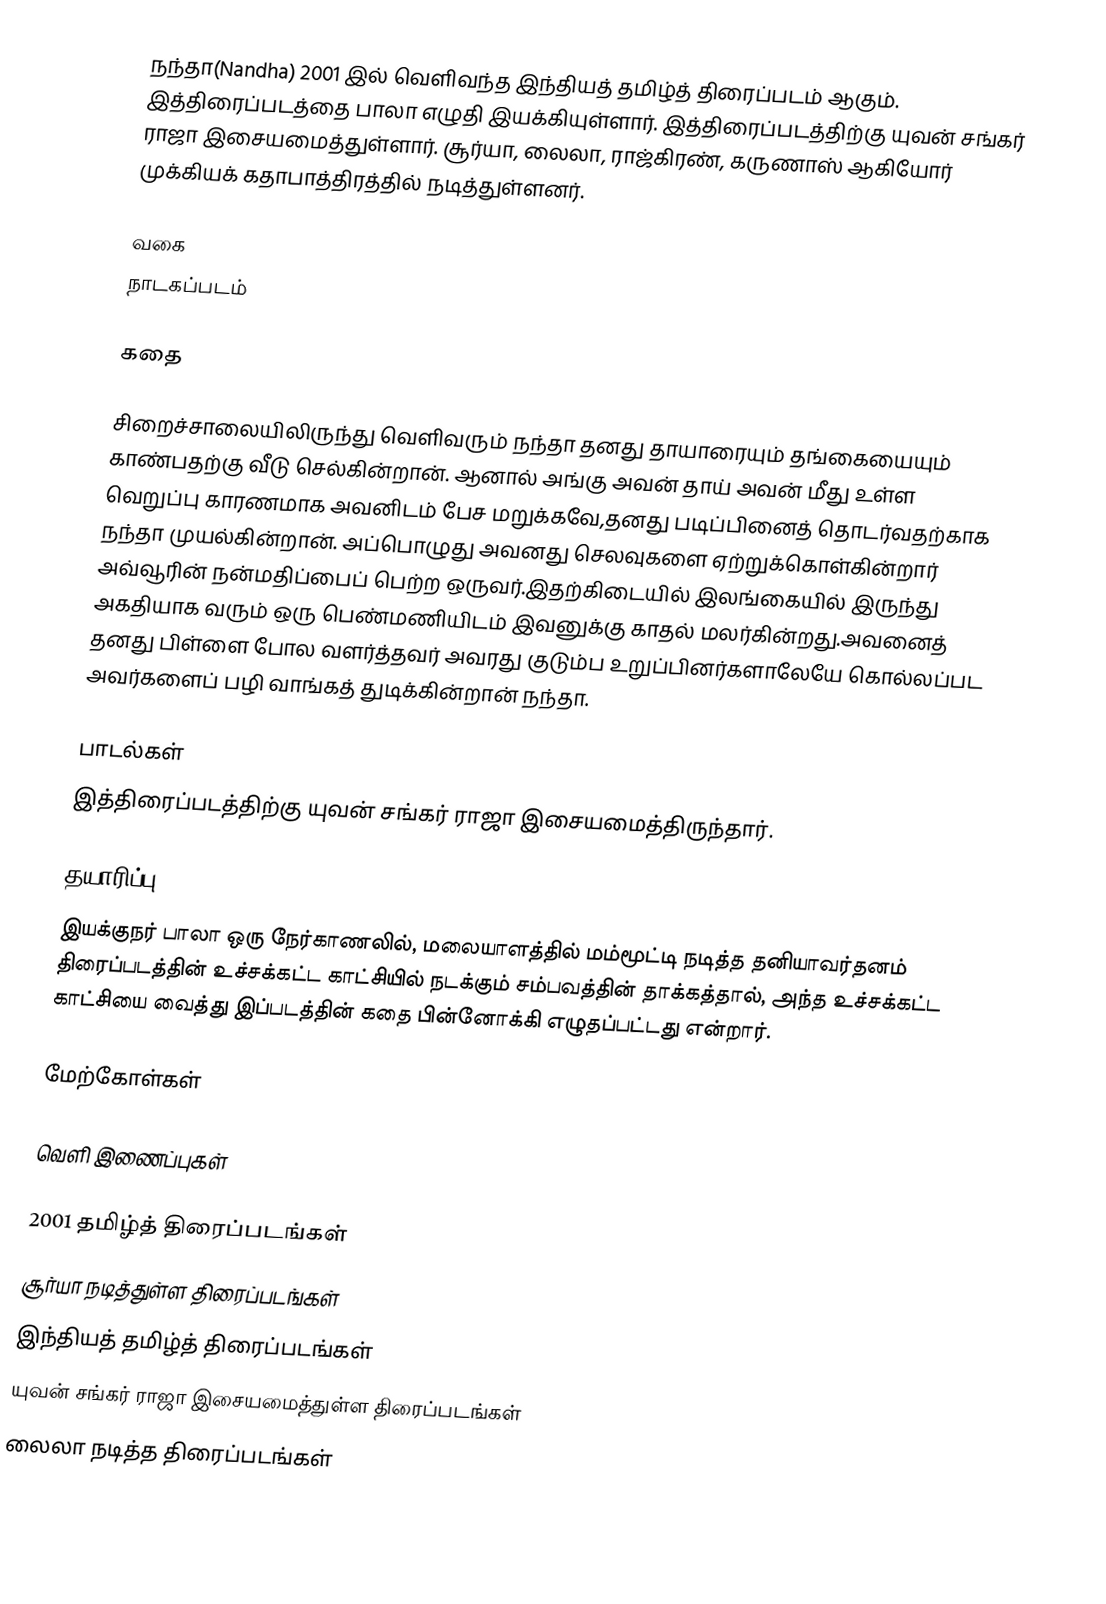
நந்தா(Nandha) 2001 இல் வெளிவந்த இந்தியத் தமிழ்த் திரைப்படம் ஆகும். இத்திரைப்படத்தை பாலா எழுதி இயக்கியுள்ளார். இத்திரைப்படத்திற்கு யுவன் சங்கர் ராஜா இசையமைத்துள்ளார். சூர்யா, லைலா, ராஜ்கிரண்,  கருணாஸ் ஆகியோர் முக்கியக் கதாபாத்திரத்தில் நடித்துள்ளனர்.

வகை
நாடகப்படம்

கதை

சிறைச்சாலையிலிருந்து வெளிவரும் நந்தா தனது தாயாரையும் தங்கையையும் காண்பதற்கு வீடு செல்கின்றான். ஆனால் அங்கு அவன் தாய் அவன் மீது உள்ள வெறுப்பு காரணமாக அவனிடம் பேச மறுக்கவே,தனது படிப்பினைத் தொடர்வதற்காக நந்தா முயல்கின்றான். அப்பொழுது அவனது செலவுகளை ஏற்றுக்கொள்கின்றார் அவ்வூரின் நன்மதிப்பைப் பெற்ற ஒருவர்.இதற்கிடையில் இலங்கையில் இருந்து அகதியாக வரும் ஒரு பெண்மணியிடம் இவனுக்கு காதல் மலர்கின்றது.அவனைத் தனது பிள்ளை போல வளர்த்தவர் அவரது குடும்ப உறுப்பினர்களாலேயே கொல்லப்பட அவர்களைப் பழி வாங்கத் துடிக்கின்றான் நந்தா.

பாடல்கள்
இத்திரைப்படத்திற்கு யுவன் சங்கர் ராஜா இசையமைத்திருந்தார்.

தயாரிப்பு
இயக்குநர் பாலா ஒரு நேர்காணலில், மலையாளத்தில் மம்மூட்டி நடித்த தனியாவர்தனம் திரைப்படத்தின் உச்சக்கட்ட காட்சியில் நடக்கும் சம்பவத்தின் தாக்கத்தால், அந்த உச்சக்கட்ட காட்சியை வைத்து இப்படத்தின் கதை பின்னோக்கி எழுதப்பட்டது என்றார்.

மேற்கோள்கள்

வெளி இணைப்புகள்

2001 தமிழ்த் திரைப்படங்கள்
சூர்யா நடித்துள்ள திரைப்படங்கள்
இந்தியத் தமிழ்த் திரைப்படங்கள்
யுவன் சங்கர் ராஜா இசையமைத்துள்ள திரைப்படங்கள்
லைலா நடித்த திரைப்படங்கள்